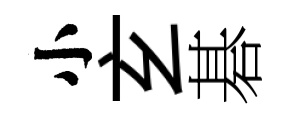
小𤣥碁